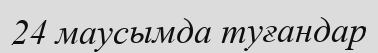
24 маусымда туғандар